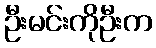
ဦးမင်းကိုဦးက